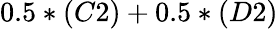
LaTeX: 0.5*(C2)+0.5*(D2)